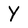
Character: Y